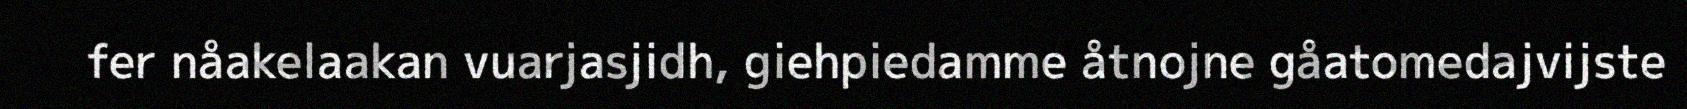
fer nåakelaakan vuarjasjidh, giehpiedamme åtnojne gåatomedajvijste